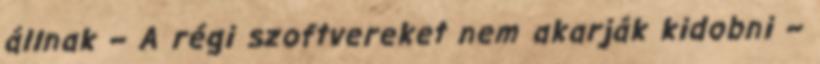
állnak – A régi szoftvereket nem akarják kidobni –